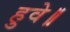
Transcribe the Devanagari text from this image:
हुवे॥